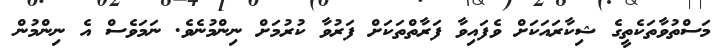
މަސްތުވާތަކެތީގެ ޝިކާރައަކަށް ވެފައިވާ ފަރާތްތަކަށް ފަރުވާ ކުރުމަށް ނިންމުނެވެ. ނަމަވެސް އެ ނިންމުން